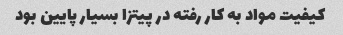
کیفیت مواد به کار رفته در پیتزا بسیار پایین بود